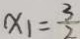
x _ { 1 } = \frac { 3 } { 2 }